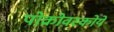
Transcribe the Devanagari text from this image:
पोक्रोवस्कोये